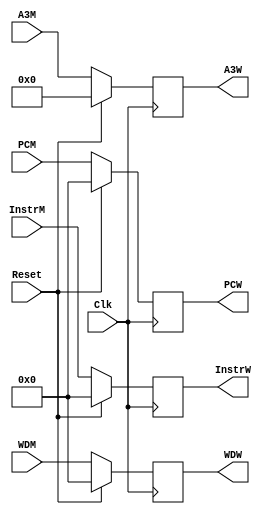
`timescale 1ns / 1ps
//////////////////////////////////////////////////////////////////////////////////
// Company: 
// Engineer: 
// 
// Design Name: 
// Module Name:    WReg 
// Project Name: 
// Target Devices: 
// Tool versions: 
// Description: 
//
// Dependencies: 
//
// Revision: 
// Revision 0.01 - File Created
// Additional Comments: 
//
//////////////////////////////////////////////////////////////////////////////////
module WReg(
    input Clk,
    input Reset,
    input [31:0] InstrM,
    input [4:0] A3M,
    input [31:0] WDM,
	 input [31:0] PCM,
    output reg [31:0] InstrW,
    output reg [4:0] A3W,
    output reg [31:0] WDW,
	 output reg [31:0] PCW
    );

	always @ (posedge Clk) begin
		if (Reset) begin
			InstrW <= 0;
			A3W <= 0;
			WDW <= 0;
			PCW <= 0;
		end
		else begin
			InstrW <= InstrM;
			A3W <= A3M;
			WDW <= WDM;
			PCW <= PCM;
		end
	end

endmodule